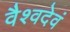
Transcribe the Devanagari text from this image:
वैश्वदेवं